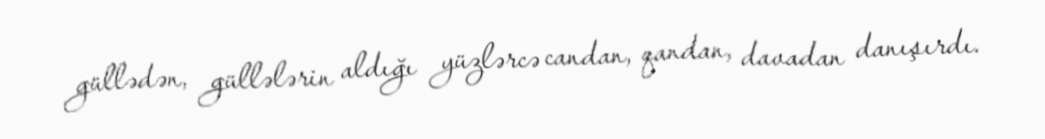
güllədən, güllələrin aldığı yüzlərcə candan, qandan, davadan danışırdı.